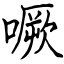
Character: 噘